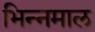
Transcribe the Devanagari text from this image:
भिन्‍नमाल